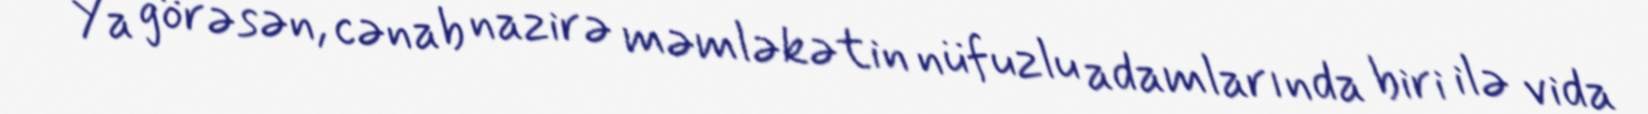
Ya görəsən, cənab nazirə məmləkətin nüfuzlu adamlarında biri ilə vida